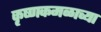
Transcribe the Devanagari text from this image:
कृष्णकमळाच्या